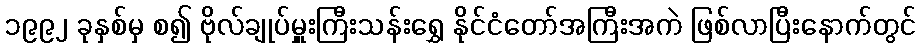
၁၉၉၂ ခုနှစ်မှ စ၍ ဗိုလ်ချုပ်မှူးကြီးသန်းရွှေ နိုင်ငံတော်အကြီးအကဲ ဖြစ်လာပြီးနောက်တွင်